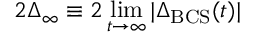
2 \Delta _ { \infty } \equiv 2 \operatorname* { l i m } _ { t \to \infty } | \Delta _ { \mathrm { B C S } } ( t ) |